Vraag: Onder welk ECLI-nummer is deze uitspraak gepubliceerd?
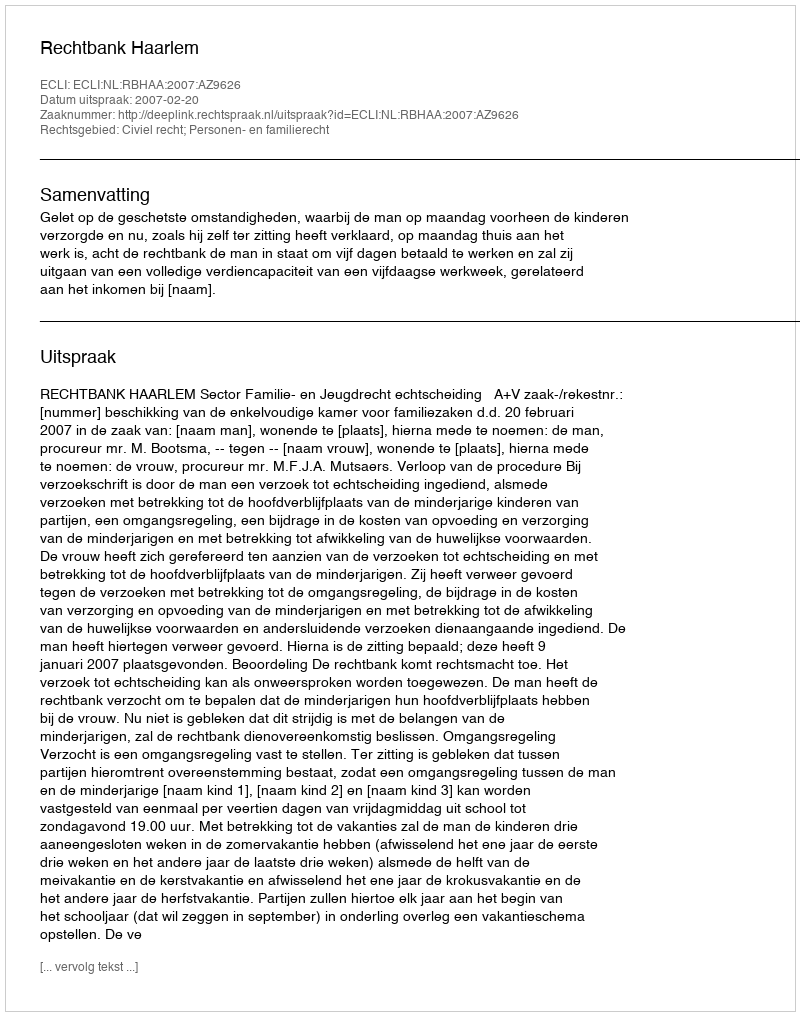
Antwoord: ECLI:NL:RBHAA:2007:AZ9626